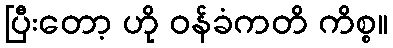
ပြီးတော့ ဟို ဝန်ခံကတိ ကိစ္စ။